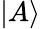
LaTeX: \left\vert A\right\rangle